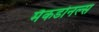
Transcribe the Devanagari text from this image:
मैकडोनल्स